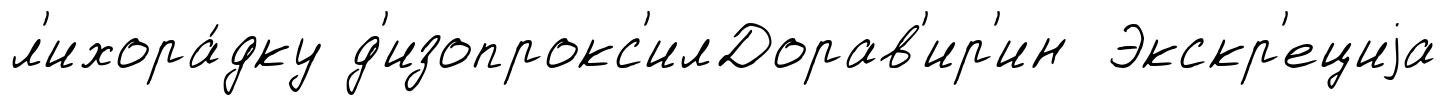
л'ихора́дку д'изопрокс'илДорав'ир'ин Экскр'ециjа